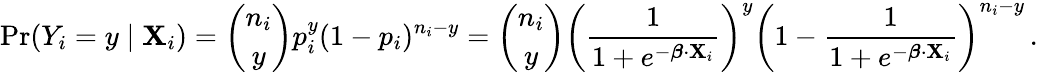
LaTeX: \operatorname*{Pr}(Y_{i}=y\mid\mathbf{X}_{i})={\binom{n_{i}}{y}}p_{i}^{y}(1-p_{i})^{n_{i}-y}={\binom{n_{i}}{y}}\left({\frac{1}{1+e^{-{\boldsymbol{\beta}}\cdot\mathbf{X}_{i}}}}\right)^{y}\left(1-{\frac{1}{1+e^{-{\boldsymbol{\beta}}\cdot\mathbf{X}_{i}}}}\right)^{n_{i}-y}\, .